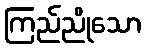
ကြည်ညိုသော